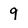
Character: 9